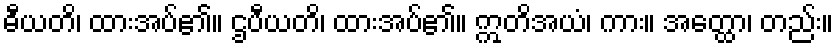
ဓီယတိ၊ ထားအပ်၏။ ဌပီယတိ၊ ထားအပ်၏။ ဣတိအယံ၊ ကား။ အတ္ထော၊ တည်း။